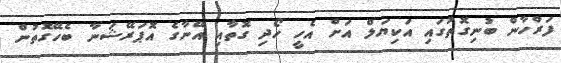
ފަރްހާން ބުނިގޮތުގައި އަކިޔަލް އަށް އެހީ ހޯދި ގޮތާއި އޭނާގެ އޮޕަރޭޝަނާ ބެހޭގޮތުން